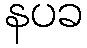
နပခ